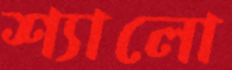
শ্যালো